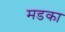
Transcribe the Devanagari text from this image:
मडका